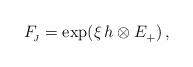
LaTeX: \begin{align*}F_{\!_{J}}=\exp(\xi\,h \otimes E_{+}^{})\, ,\end{align*}